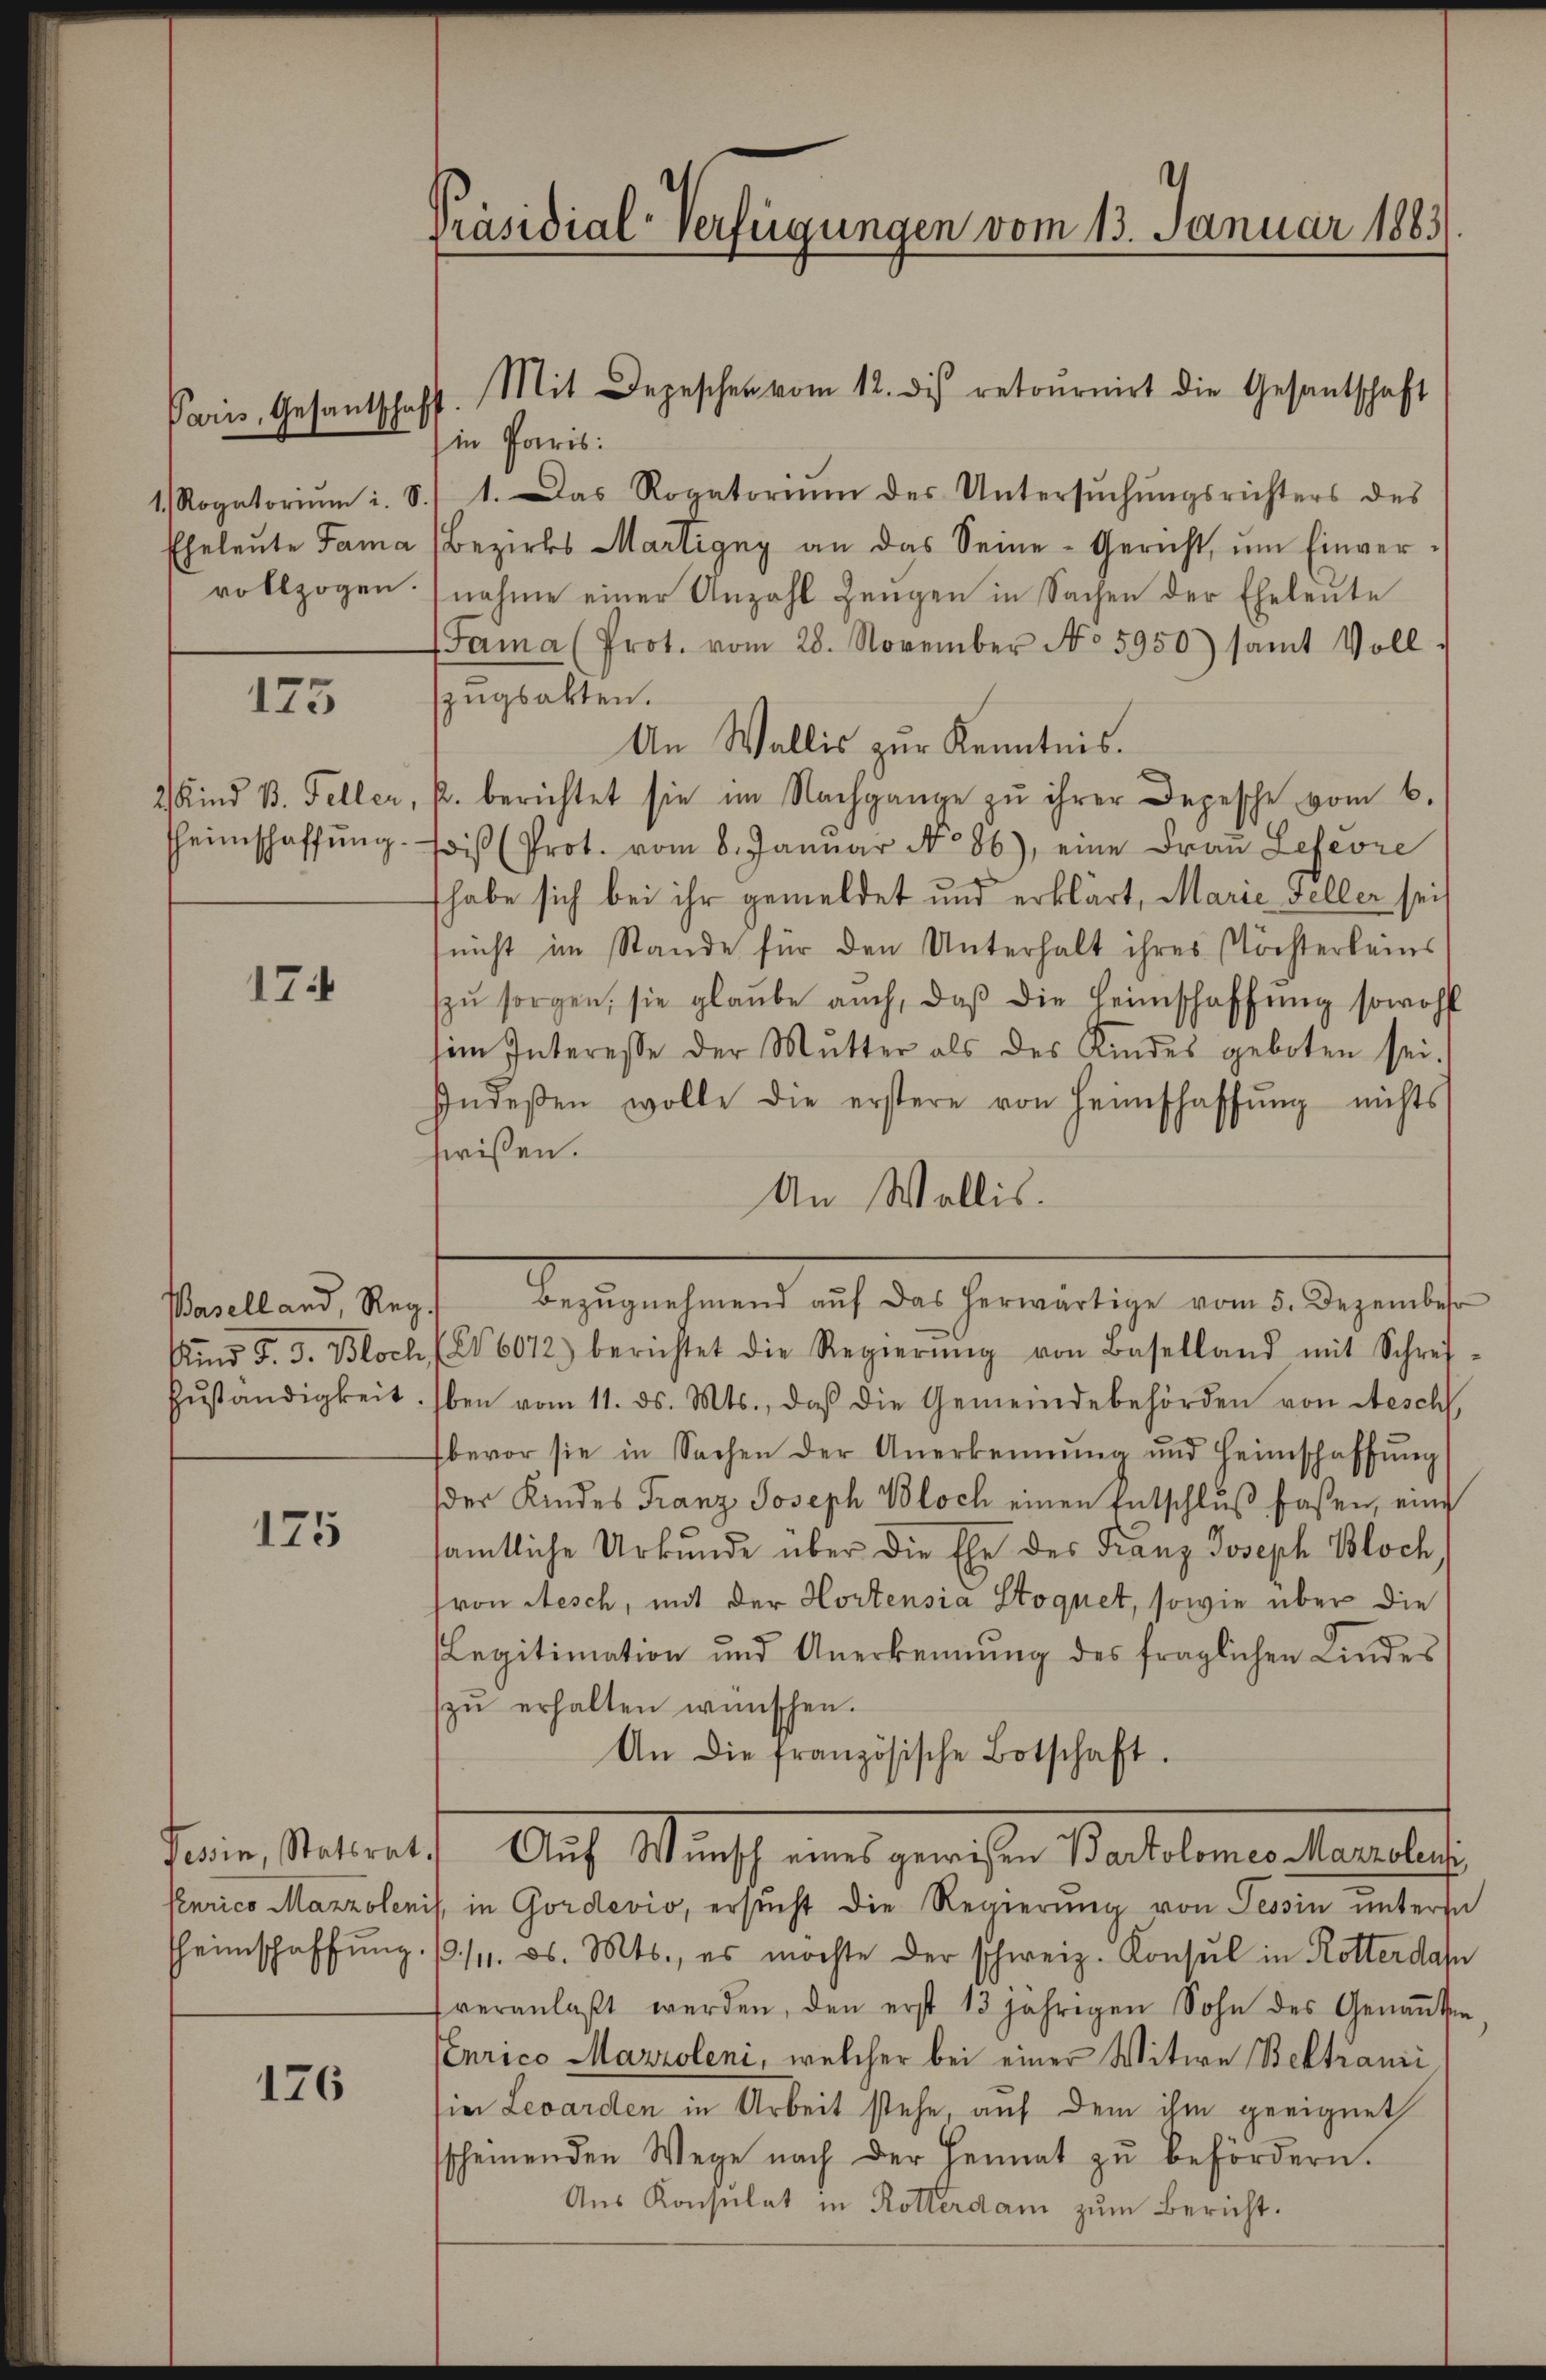
Eheleute Fama
vollzogen.

175

2 Kind 1. Feller,
Heimschaffung.

174

Waselland, Reg.
Und 5. d. Bloch
Zuständigkeit

175

Penrico Manzoleni
heimschaffung

176

Paris, Gesandtschaft

Präsidial-Verfügungen vom 13. Januar 1883

Mit Depeschen vom 12. des retournirt die Gesantschaft
in Paris:
1 Rogatoriŭm i. S. 1. Das Rogatorium des Untersŭchŭngsrichters des
Bezirks Martigny an das Seine-Gericht ŭm Einvernahme einer Anzahl Zeugen in Sachen der Eheleute
Sama (Prot. vom 28. November No 5950) samt Voll
zugsakten.
An Wallis zur Kenntnis.
k. berichtet sie im Nachgange zŭ ihrer Depesche vom 6.
fois (Prot. vom 8. Januar No 86), eine Frau Lefevre
fhabe sich bei ihr gemeldet und erklärt, Marie Feller seit
suicht im Stande für den Unterhalt ihres Nöchterleins
zŭ sorgen, sie glaŭbe auch, daβ die Heimschaffŭng sowohl
sim Interesse der Mutter als des Kindes geboten sei.
Indeßen wolle die erstere von Heimschaffŭng nichts
hwißen.
dasigenstand auch der Generelige vom 1. es nichte
(N6072) berichtet die Regierŭng von Baselland mit Schrei-
ben vom 11. ds. Mts., daß die Gemeindebehörden von Aesch
bevor sie in Sachen der Anerkennung und Heimschaffŭng
der Kindes Franz Joseph Bloch einen Entschlŭβ fassen, eine
sämtliche Urkunde über die Ehe des Franz Joseph Bloch,
fron Aesch, mit der Hortensia Stoquet, sowie über die
Legitimation und Anerkennung des fraglichen Kindes
zŭ erhalten wünschen.
An die französische Botschaft.
Feier Stattet. Auf Mass mit gerichte Partementerlich
is, in Gordevio, ersŭcht die Regierŭng von Tessin untersa
3./11. ds. Mts., es möchte der schweiz. Konsul in Rotter das
veranlaßt werden, den erst 13 jährigen Sohn des Genannten
Venrico Marzoleni, welcher bei einer Witwe Bektrani
sie Levarden in Arbeit stehe, auf dem ihm geeignet
sscheinenden Wege nach der Heimat zŭ befördern.
Aus Konsulat in Rotterdam zum Bericht.

An Wallis.